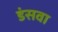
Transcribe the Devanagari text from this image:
डंसवा